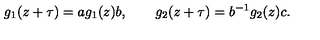
g _ { 1 } ( z + \tau ) = a g _ { 1 } ( z ) b , \qquad g _ { 2 } ( z + \tau ) = b ^ { - 1 } g _ { 2 } ( z ) c .